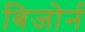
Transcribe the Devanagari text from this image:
बिजोर्न